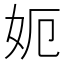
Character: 𡛖